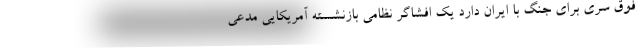
فوق سری برای جنگ با ایران دارد یک افشاگر نظامی بازنشسته آمریکایی مدعی